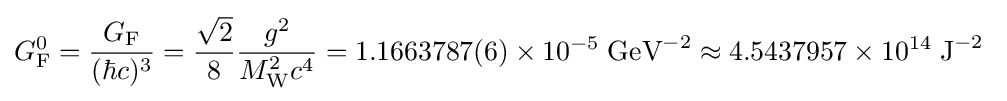
G_{\rm {F}}^{0}={\frac {G_{\rm {F}}}{(\hbar c)^{3}}}={\frac {\sqrt {2}}{8}}{\frac {g^{2}}{M_{\rm {W}}^{2}c^{4}}}=1.1663787(6)\times 10^{-5}\;{\textrm {GeV}}^{-2}\approx 4.5437957\times 10^{14}\;{\textrm {J}}^{-2}\